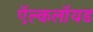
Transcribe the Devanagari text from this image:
ऍल्कलॉयड